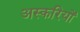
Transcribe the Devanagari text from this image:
अस्करियों